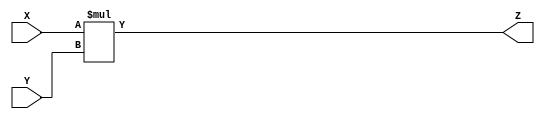
`timescale 1ns / 1ps
//////////////////////////////////////////////////////////////////////////////////
// Company: 
// Engineer: 
// 
// Design Name: 
// Module Name: Multiplier
// Project Name: 
// Target Devices: 
// Tool Versions: 
// Description: 
// 
// Dependencies: 
// 
// Revision:
// Revision 0.01 - File Created
// Additional Comments:
// 
//////////////////////////////////////////////////////////////////////////////////


module Multiplier #(parameter Data_width = 32)(
    input [Data_width - 1:0] X,
    input [Data_width - 1:0] Y,
    output reg [Data_width - 1:0] Z
    );
    always @ (X or Y)
        begin
            Z <= X * Y;
        end
endmodule